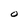
Character: O